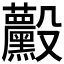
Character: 𱥚